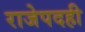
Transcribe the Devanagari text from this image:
राजेपदही